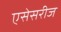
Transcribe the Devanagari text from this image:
एसेसरीज